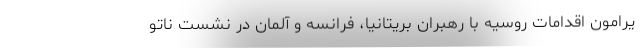
یرامون اقدامات روسیه با رهبران بریتانیا، فرانسه و آلمان در نشست ناتو